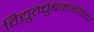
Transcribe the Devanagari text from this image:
विद्युतचुंबकत्वाच्या